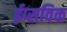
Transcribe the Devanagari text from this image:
ईप्सविक